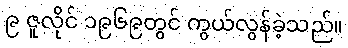
၉ ဇူလိုင် ၁၉၆၉တွင် ကွယ်လွန်ခဲ့သည်။